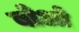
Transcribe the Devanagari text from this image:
बोओ